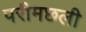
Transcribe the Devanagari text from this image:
परीमछली